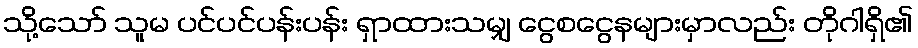
သို့သော် သူမ ပင်ပင်ပန်းပန်း ရှာထားသမျှ ငွေစငွေနများမှာလည်း တိုဂါရှိ၏